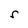
Character: r